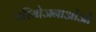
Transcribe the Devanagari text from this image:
परियोजनाओंऔ